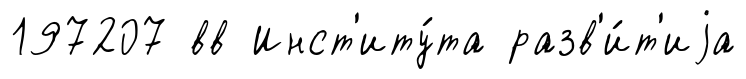
197207 вв Инст'иту́та разв'и́т'иjа